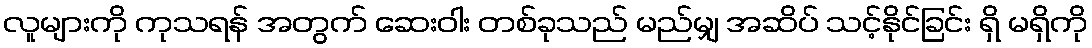
လူများကို ကုသရန် အတွက် ဆေးဝါး တစ်ခုသည် မည်မျှ အဆိပ် သင့်နိုင်ခြင်း ရှိ မရှိကို